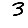
Digit: 3